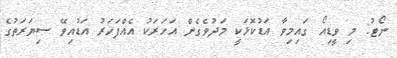
ނޯޓު: މި ވީޑިއޯ ގައިމިވާ އަޑުކޮޅަކީ މަދުވެގެން އަހަރަކު އެއްފަހަރު އަޑުއިވޭ ސިޔަރަތުގެ